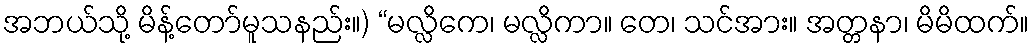
အဘယ်သို့ မိန့်တော်မူသနည်း။) “မလ္လိကေ၊ မလ္လိကာ။ တေ၊ သင်အား။ အတ္တနာ၊ မိမိထက်။